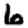
Digit: 6